Report on vaccination in Madras 1904-1921 - 1904-1921
Year: 1904
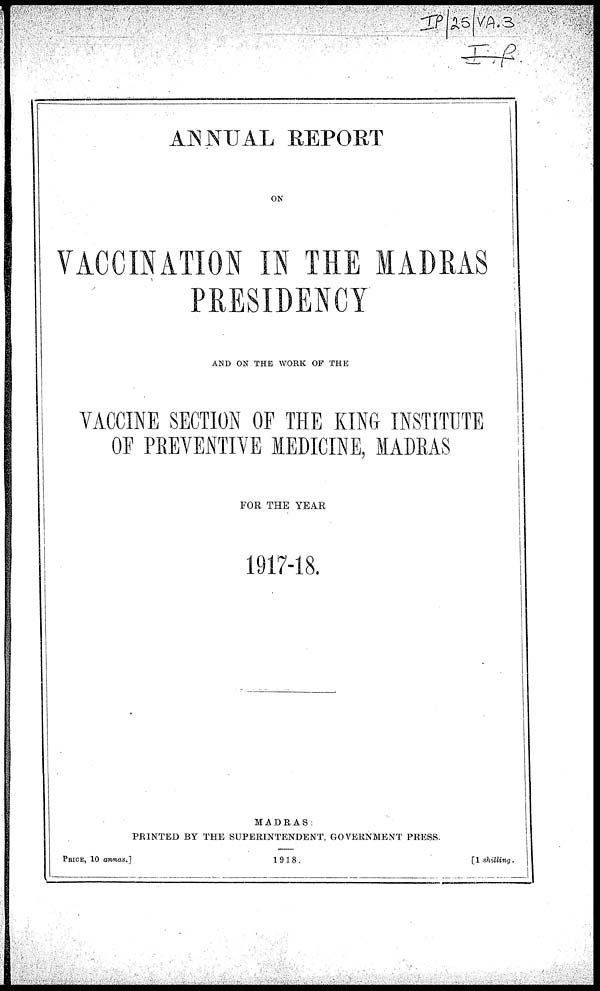
ANNUAL REPORT
ON
VACCINATION IN THE MADRAS
PRESIDENCY
AND ON THE WORK OF THE
VACCINE SECTION OF THE KING INSTITUTE
OF PREVENTIVE MEDICINE, MADRAS
FOR THE YEAR
1917-18.
MADRAS:
PRINTED BY THE SUPERINTENDENT, GOVERNMENT PRESS.
PRICE, 10 annas.]
1918.
[1 shilling.